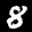
Label: 8